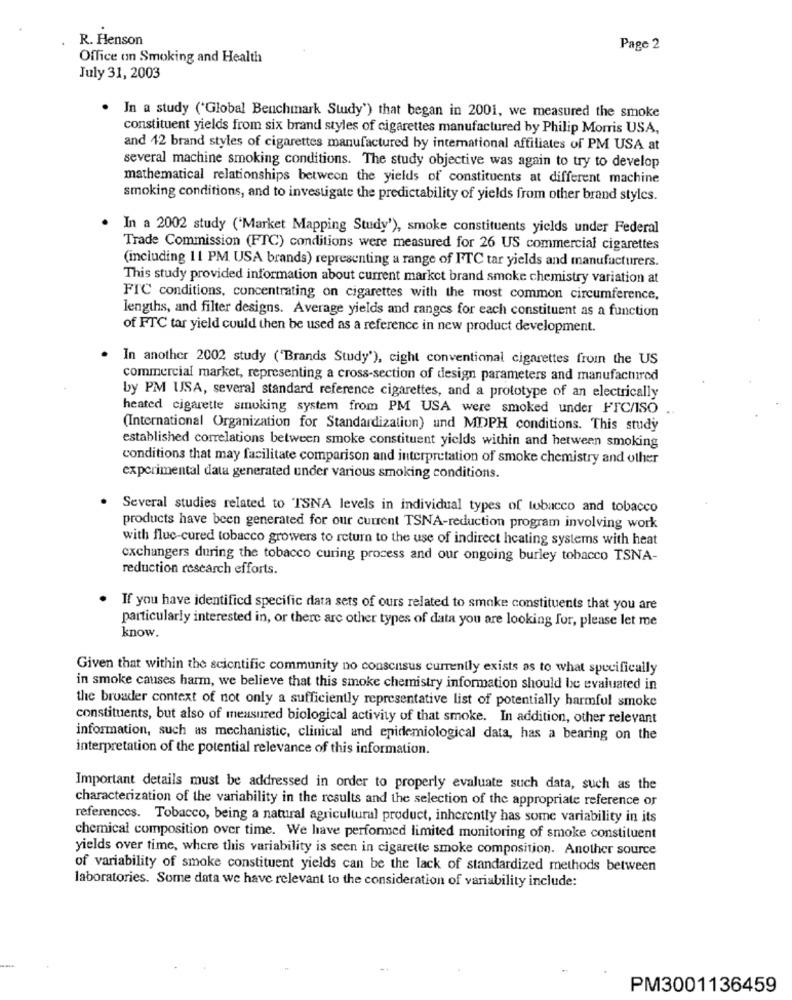
R. Henson
Page 2
Office on Smoking and Health
July 31, 2003
In a study ("Global Benchmark Study') that began in 2001, we measured the smoke
constituent yields from six brand styles of cigarettes manufactured by Philip Morris USA,
and 12 brand styles of cigarettes manufactured by international affiliates of PM USA at
several machine smoking conditions. The study objective was again to try to develop
mathematical relationships between the yields of constituents at different machine
smoking conditions, and to investigate the predictability of yields from other brand styles.
In a 2002 study ("Market Mapping Study'), smoke constituents yields under Federal
Trade Commission (FTC) conditions were measured for 26 US commercial cigarettes
(including 11 PM USA brands) representing a range of FTC tar yields and manufacturers.
This study provided information about current market brand smoke chemistry variation at
FIC conditions, concentrating on cigarettes with the most common circumference,
lengths, and filter designs. Average yields and ranges for each constituent as a function
of FTC tar yield could then be used as a reference in new product development.
.
In another 2002 study ('Brands Study'), cight conventional cigarettes from the US
commercial market, representing a cross-section of design parameters and manufactured
by PM USA, several standard reference cigarettes, and a prototype of an electrically
heated cigarette smoking system from PM USA were smoked under FIC/ISO
(International Organization for Standardization) und MDPH conditions. This study
established correlations between smoke constituent yields within and hetween smoking
conditions that may facilitate comparison and interpretation of smoke chemistry and other
experimental data generated under various smoking conditions.
Several studies related to TSNA levels in individual types of tobacco and tobacco
products have been generated for our current TSNA-reduction program involving work
with fluc-cured tobacco growers to return to the use of indirect heating systems with heat
exchangers during the tobacco curing process and our ongoing burley tobacco TSNA-
reduction research efforts.
If you have identified specific data sets of ours related to smoke constituents that you are
particularly interested in, or there are other types of data you are looking for, please let me
know.
Given that within the scientific community no consensus currently exists as to what specifically
in smoke causes harm, we believe that this smoke chemistry information should be evaluated in
the broader context of not only a sufficiently representative list of potentially harmful smoke
constituents, but also of measured biological activity of that smoke. In addition, other relevant
information, such as mechanistic, clinical and epidemiological data, has a bearing on the
interpretation of the potential relevance of this information.
Important details must be addressed in order to properly evaluate such data, such as the
characterization of the variability in the results and the selection of the appropriate reference or
references. Tobacco, being a natural agricultural product, inherently has some variability in its
chemical composition over time. We have performed limited monitoring of smoke constituent
yields over time, where this variability is seen in cigarette smoke composition. Another source
of variability of smoke constituent yields can be the lack of standardized methods between
laboratories. Some data we have relevant to the consideration of variability include:
PM3001136459